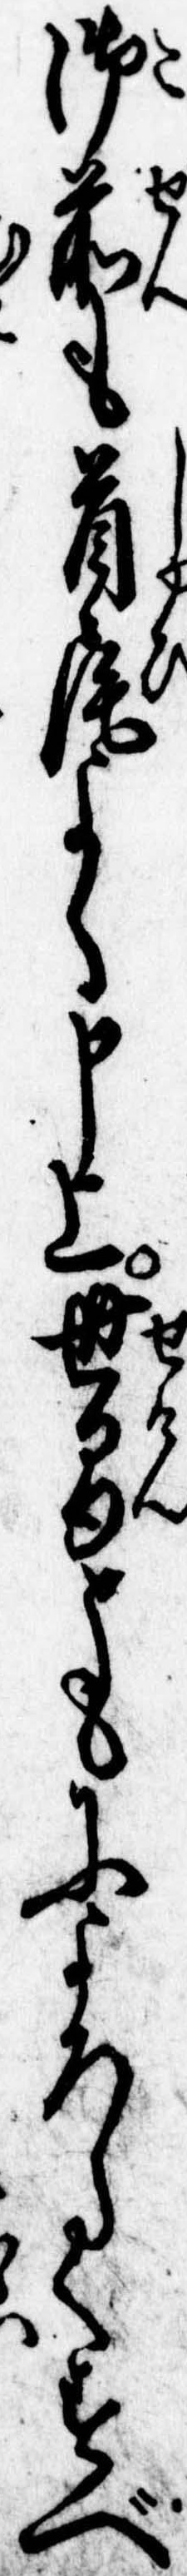
御前も首尾よく申上世間ともによろしくすべ